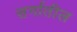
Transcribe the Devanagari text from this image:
सर्गातील